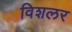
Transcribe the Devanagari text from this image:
विशलर